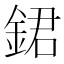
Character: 𨧡